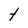
Character: t